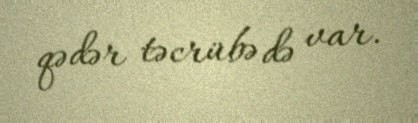
qədər təcrübə də var.